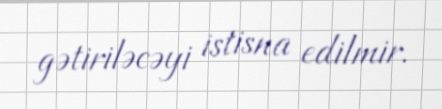
gətiriləcəyi istisna edilmir.